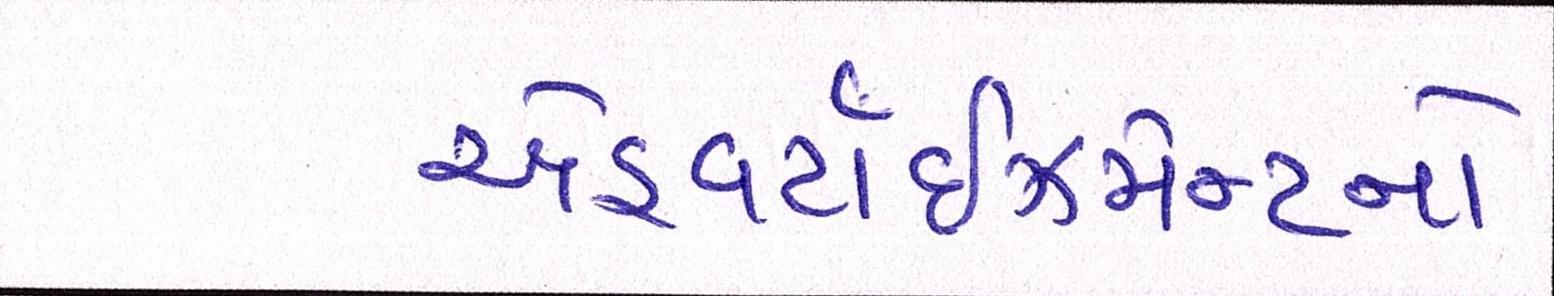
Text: એડ્વર્ટાઇઝમેન્ટનો